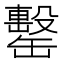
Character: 罊